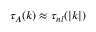
\tau _ { A } ( \boldsymbol { k } ) \approx \tau _ { n l } ( \boldsymbol { | k | } )